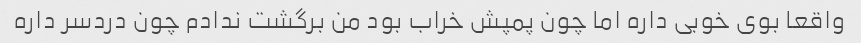
واقعا بوی خوبی داره اما چون پمپش خراب بود من برگشت ندادم چون دردسر داره